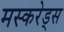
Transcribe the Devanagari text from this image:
मस्करेड्स